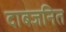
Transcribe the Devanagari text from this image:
दाबजनित